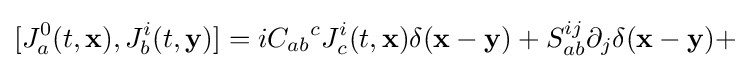
[J_{a}^{0}(t,\mathbf {x} ),J_{b}^{i}(t,\mathbf {y} )]=i{C_{ab}}^{c}J_{c}^{i}(t,\mathbf {x} )\delta (\mathbf {x} -\mathbf {y} )+S_{ab}^{ij}\partial _{j}\delta (\mathbf {x} -\mathbf {y} )+